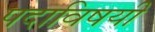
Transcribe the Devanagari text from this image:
पदाविषयी